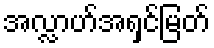
အလ္လာဟ်အရှင်မြတ်